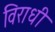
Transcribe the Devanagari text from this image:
विराधी